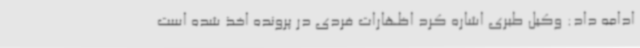
ادامه داد: وکیل طبری اشاره کرد اظهارات فردی در پرونده اخذ شده است